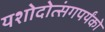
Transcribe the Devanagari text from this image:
यशोदोत्संगपर्यंको